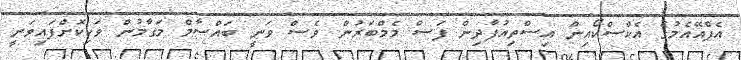
އެފްއޭއެމުގެ އެކްސްކޯއިން އިސްތިއުފާދިން ފަސް މެމްބަރުން ވެސް ވަނީ ބައްސާމް މަގާމުން ވަކިކޮށްފައިވަނީ